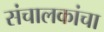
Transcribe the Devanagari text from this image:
संचालकांचा